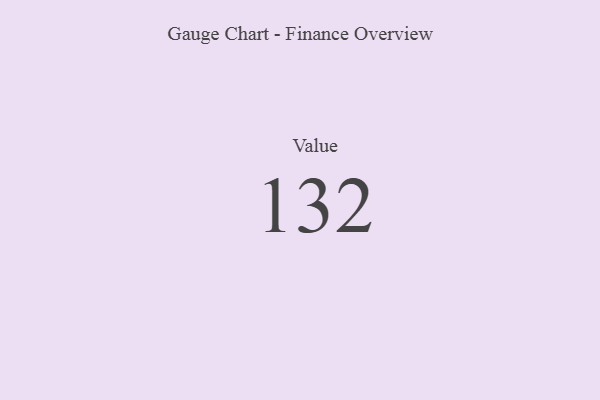
{"axis": {"x": "Metric", "y": "Value"}, "legend": [""], "data": [{"x": "Value", "y": 132, "type": ""}]}